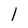
Character: l